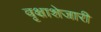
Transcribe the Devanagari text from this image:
वृक्षाशेजारी